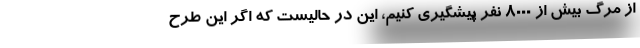
از مرگ بیش از 8000 نفر پیشگیری کنیم، این در حالیست که اگر این طرح